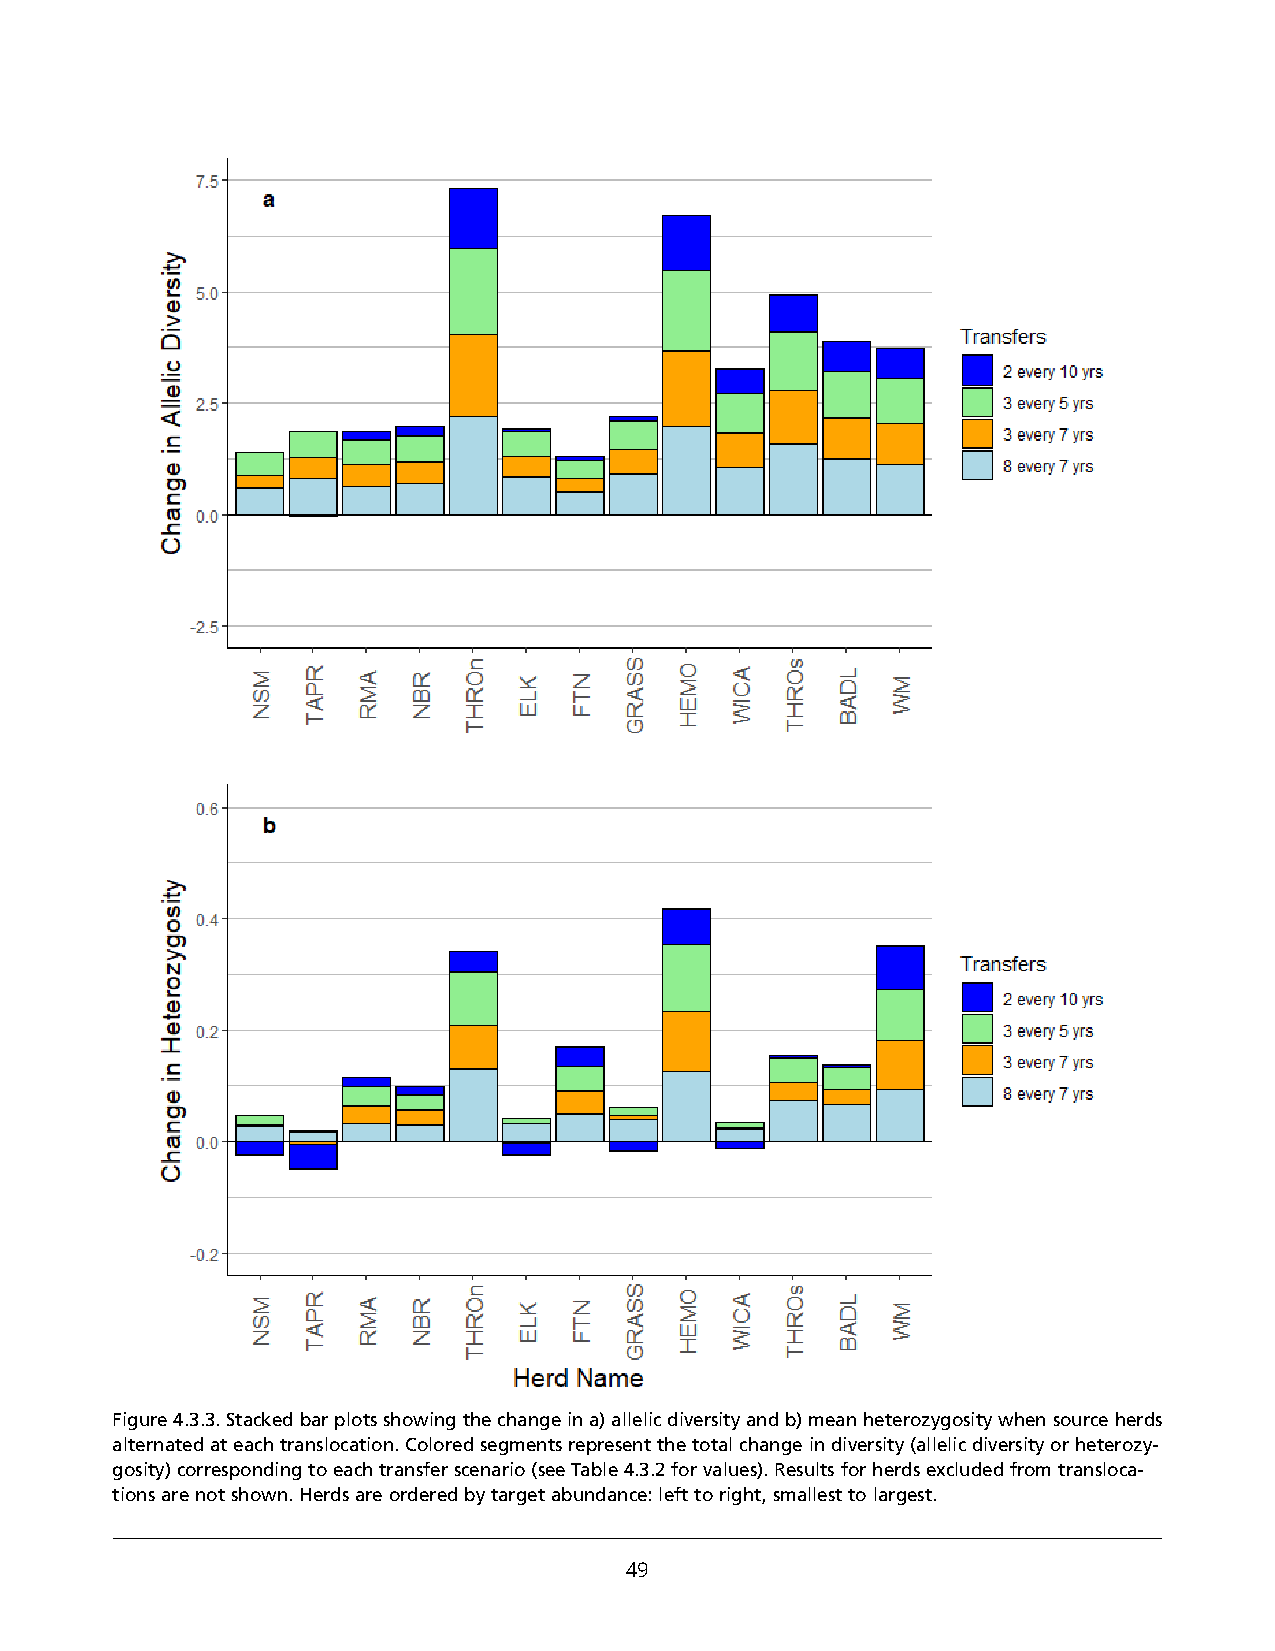
Figure 4.3.3. Stacked bar plots showing the change in a) allelic diversity and b) mean heterozygosity when source herds
 alternated at each translocation. Colored segments represent the total change in diversity (allelic diversity or heterozy-
 gosity) corresponding to each transfer scenario (see Table 4.3.2 for values). Results for herds excluded from transloca-
 tions are not shown. Herds are ordered by target abundance: left to right, smallest to largest.
 49